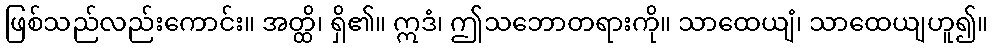
ဖြစ်သည်လည်းကောင်း။ အတ္ထိ၊ ရှိ၏။ ဣဒံ၊ ဤသဘောတရားကို။ သာထေယျံ၊ သာထေယျဟူ၍။